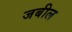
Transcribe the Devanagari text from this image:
जबील